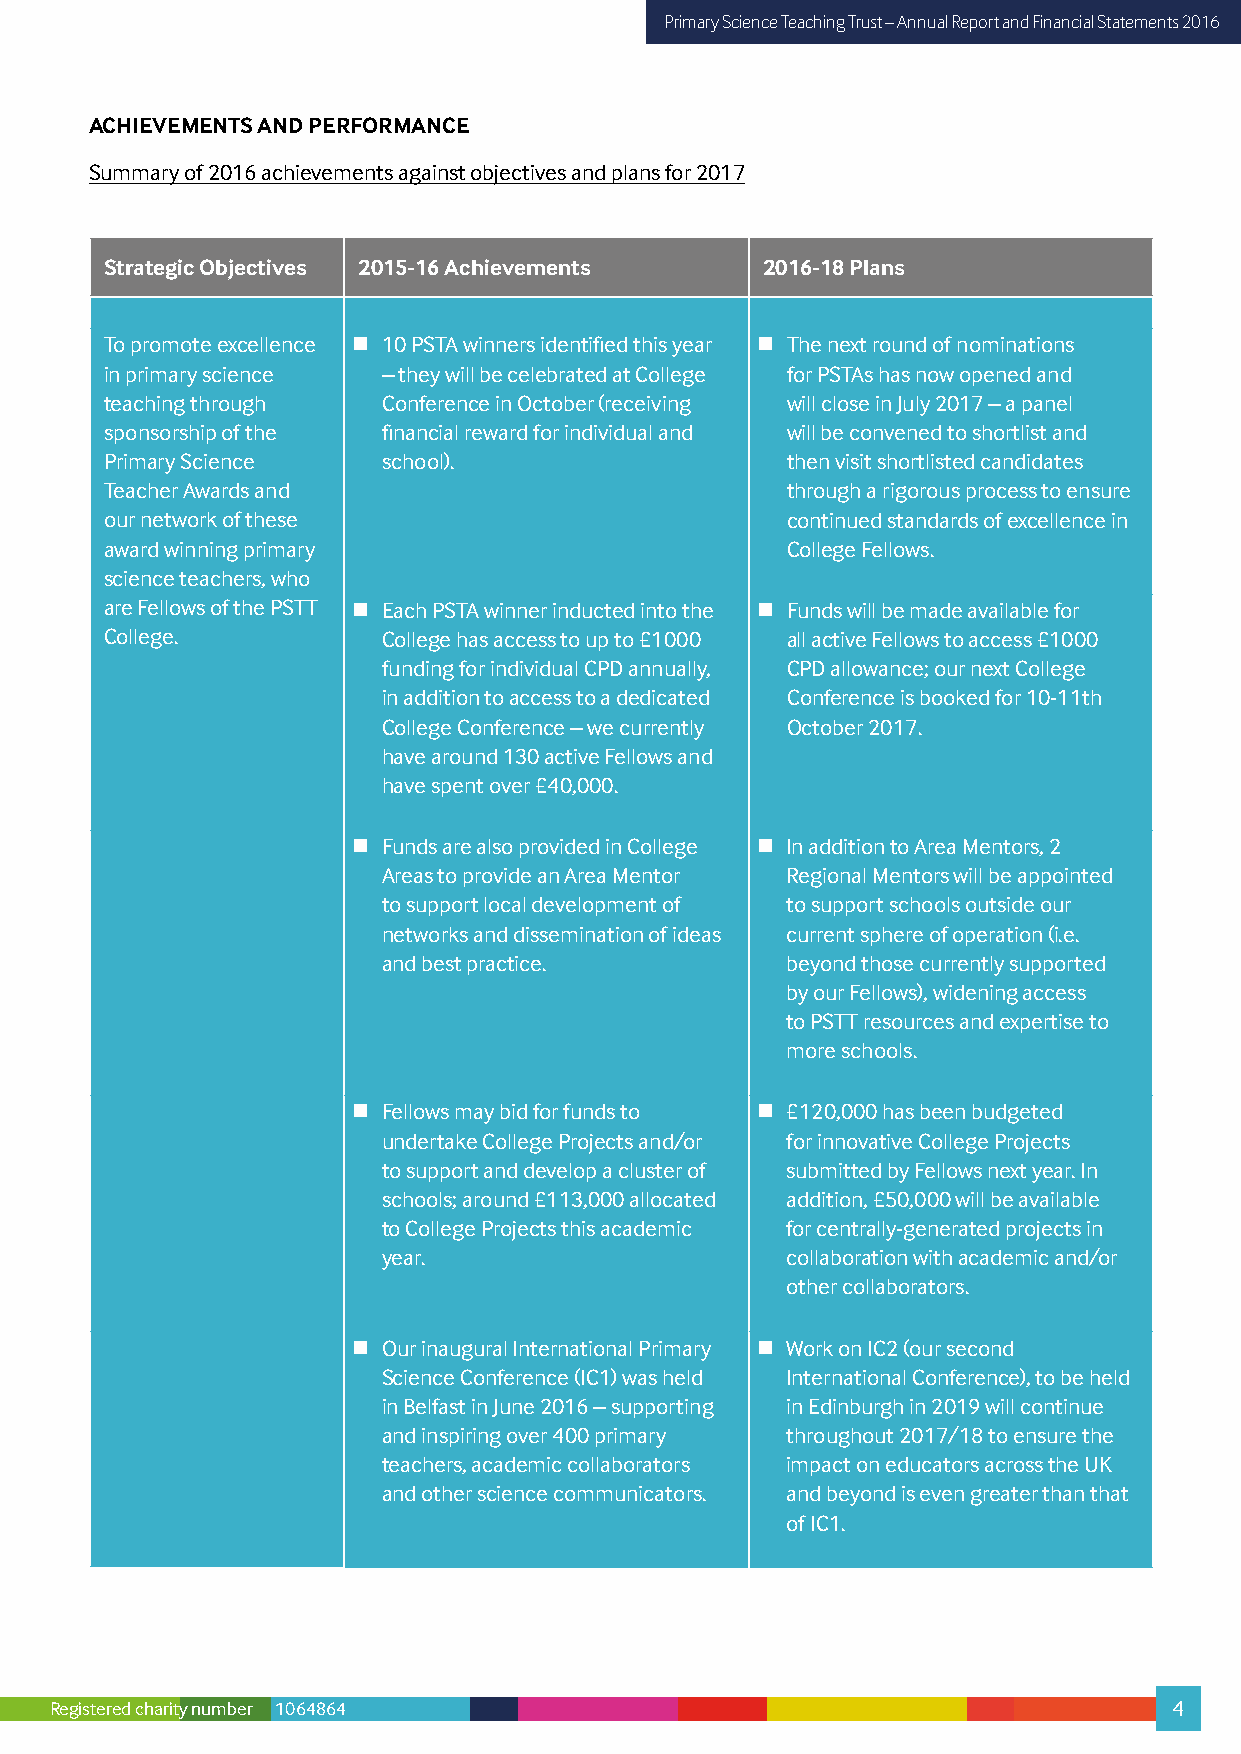
Primary Science Teaching Trust – Annual Report and Financial Statements 2016
 ACHIEVEMENTS AND PERFORMANCE
 Summary of 2016 achievements against objectives and plans for 2017
 Strategic Objectives 2015-16 Achievements  2016-18 Plans
 To promote excellence  10 PSTA winners identified this year  The next round of nominations
 in primary science – they will be celebrated at College for PSTAs has now opened and
 teaching through  Conference in October (receiving will close in July 2017 – a panel
 sponsorship of the financial reward for individual and will be convened to shortlist and
 Primary Science   school).                   then visit shortlisted candidates
 Teacher Awards and                           through a rigorous process to ensure
 our network of these                         continued standards of excellence in
 award winning primary                        College Fellows.
 science teachers, who
 are Fellows of the PSTT  Each PSTA winner inducted into the  Funds will be made available for
 College.          College has access to up to £1000 all active Fellows to access £1000
 funding for individual CPD annually, CPD allowance; our next College
 in addition to access to a dedicated Conference is booked for 10-11th
 College Conference – we currently October 2017.
 have around 130 active Fellows and
 have spent over £40,000.
  Funds are also provided in College  In addition to Area Mentors, 2
 Areas to provide an Area Mentor Regional Mentors will be appointed
 to support local development of to support schools outside our
 networks and dissemination of ideas current sphere of operation (i.e.
 and best practice.         beyond those currently supported
 by our Fellows), widening access
 to PSTT resources and expertise to
 more schools.
  Fellows may bid for funds to  £120,000 has been budgeted
 undertake College Projects and/or for innovative College Projects
 to support and develop a cluster of submitted by Fellows next year. In
 schools; around £113,000 allocated addition, £50,000 will be available
 to College Projects this academic for centrally-generated projects in
 year.                      collaboration with academic and/or
 other collaborators.
  Our inaugural International Primary  Work on IC2 (our second
 Science Conference (IC1) was held International Conference), to be held
 in Belfast in June 2016 – supporting in Edinburgh in 2019 will continue
 and inspiring over 400 primary throughout 2017/18 to ensure the
 teachers, academic collaborators impact on educators across the UK
 and other science communicators. and beyond is even greater than that
 of IC1.
 Registered charity number 1064864                                          4